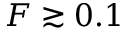
F \gtrsim 0 . 1